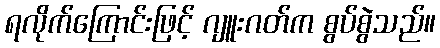
ရလိုက်ကြောင်းဖြင့် ဂျူးဂတ်က စွပ်စွဲသည်။